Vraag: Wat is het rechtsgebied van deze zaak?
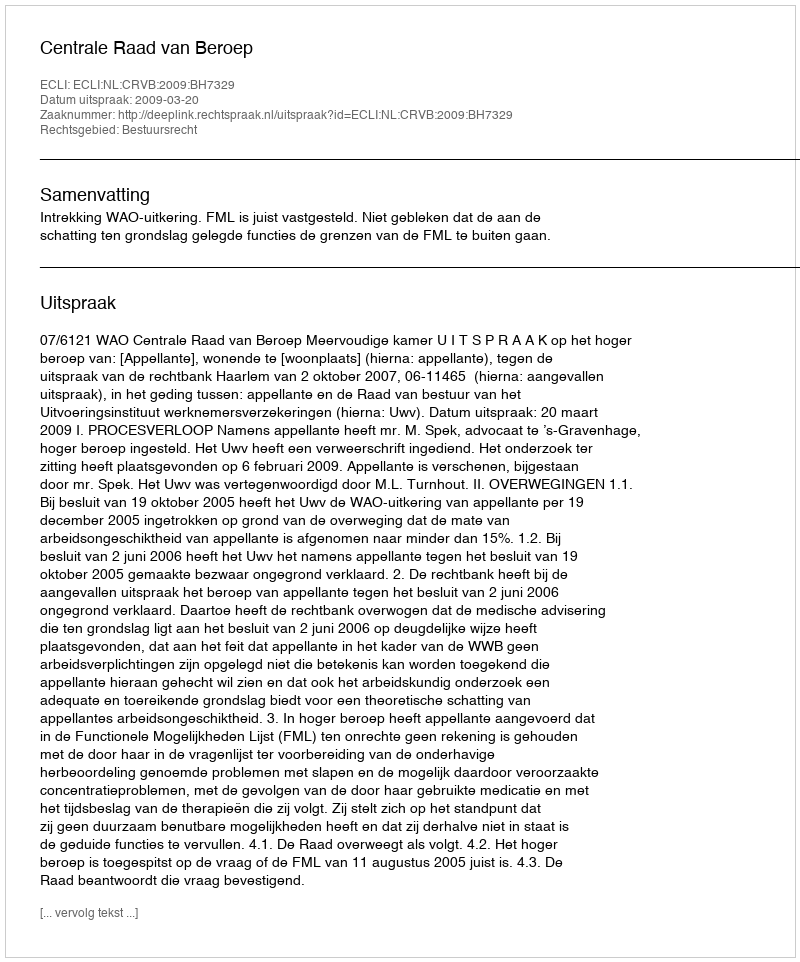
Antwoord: Bestuursrecht